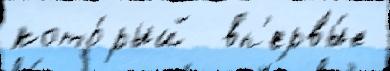
кото́рый  вп'ервы́е